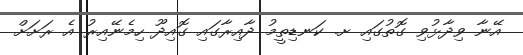
އޭނާ ވިދާޅުވި ގޮތުގައި ށ. ކަނޑިތީމު ދާއިރާގައި ގޮއިދޫ ހިމެނޭއިރު އެ ރަށަށް